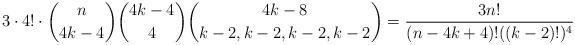
LaTeX: \begin{align*}3 \cdot 4! \cdot {n \choose 4k - 4} {4k - 4 \choose 4} {4k - 8 \choose k -2, k -2, k-2, k-2}= \frac{3n!}{(n - 4k + 4)! ((k -2)!)^4}\end{align*}